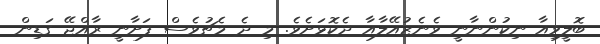
ބޮލީވިއާ ނިކުންނާނީ ވެނެޒުއޭލާއާ ދެކޮޅަށެވެ. މި ދެ މެޗުވެސް ފަށާނީ ރާއްޖޭ ގަޑިން